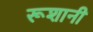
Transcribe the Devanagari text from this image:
रूशानी